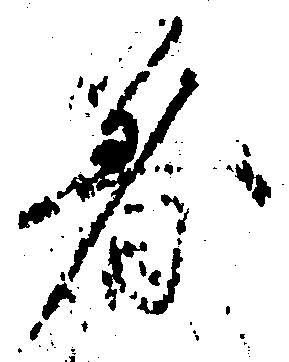
着